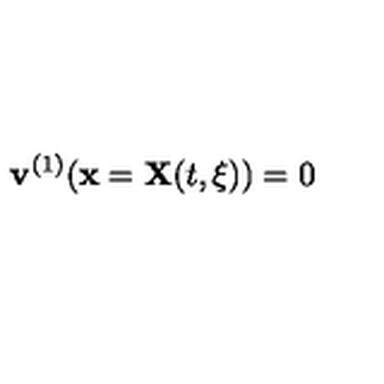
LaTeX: { \bf v } ^ { ( 1 ) } ( { \bf x } = { \bf X } ( t , \xi ) ) = 0